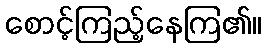
စောင့်ကြည့်နေကြ၏။